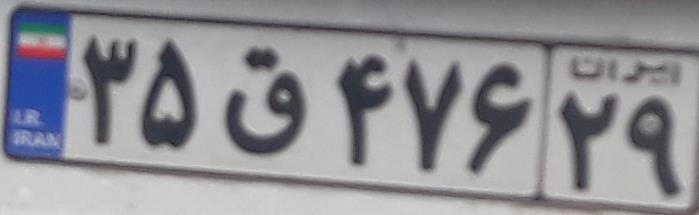
۳۵ق۴۷۶۲۹